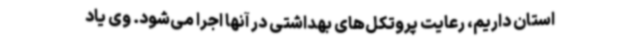
استان داریم، رعایت پروتکل‌های بهداشتی در آنها اجرا می‌شود. وی یاد